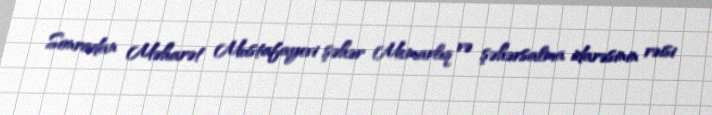
Sonradan Məharət Mustafayevi şəhər Memarlıq və şəhərsalma idarəsinin rəisi